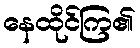
နေထိုင်ကြ၏